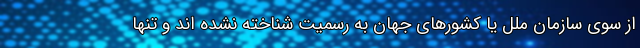
از سوی سازمان ملل یا کشورهای جهان به رسمیت شناخته نشده اند و تنها